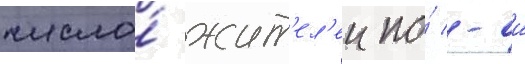
число́ жит'ел'еи по́ -ои